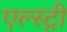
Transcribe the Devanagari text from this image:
एल्स्ट्री